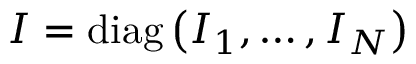
\boldsymbol { I } = \operatorname { d i a g } \left( I _ { 1 } , \ldots , I _ { N } \right)